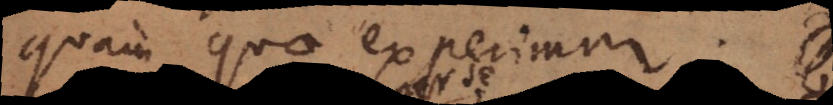
quam quae experimur. Ne